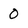
Character: 0